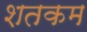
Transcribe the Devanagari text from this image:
शतकम